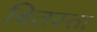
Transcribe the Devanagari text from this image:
बितस्ता